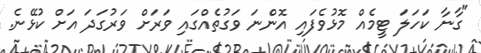
"ގާނާ ކަހަލަ ޓީމެއް މޮޅުވެފައި އޮންނަ ވަގުތެއްގައި ވަރަށް ވަރުގަދަ އަށް ކުޅޭނެ.